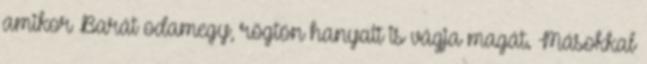
amikor Barát odamegy, rögtön hanyatt is vágja magát. Másokkal